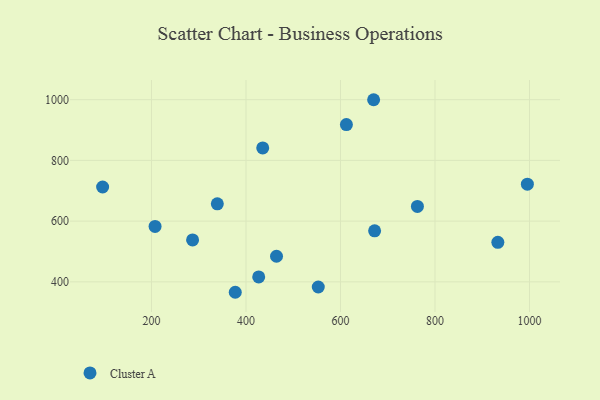
{"axis": {"x": "Price", "y": "Fuel Efficiency"}, "legend": ["Cluster A"], "data": [{"x": "464.6", "y": 484.3, "type": "Cluster A"}, {"x": "670.1", "y": 999.9, "type": "Cluster A"}, {"x": "426.9", "y": 416.3, "type": "Cluster A"}, {"x": "553.0", "y": 382.9, "type": "Cluster A"}, {"x": "672.2", "y": 568.0, "type": "Cluster A"}, {"x": "339.3", "y": 657.0, "type": "Cluster A"}, {"x": "933.0", "y": 530.1, "type": "Cluster A"}, {"x": "995.5", "y": 721.7, "type": "Cluster A"}, {"x": "207.6", "y": 582.6, "type": "Cluster A"}, {"x": "762.8", "y": 648.4, "type": "Cluster A"}, {"x": "96.6", "y": 712.4, "type": "Cluster A"}, {"x": "435.4", "y": 841.2, "type": "Cluster A"}, {"x": "612.5", "y": 918.1, "type": "Cluster A"}, {"x": "377.3", "y": 365.6, "type": "Cluster A"}, {"x": "287.0", "y": 537.9, "type": "Cluster A"}]}